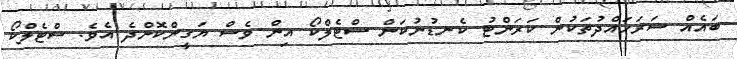
ބައެއް ސަރަހައްދުތަކުން ކަރަންޓު ކެނޑުނުކަން ސްޓެލްކޯ އިން ވެސް ޔަގީންކޮށްދެ އެވެ. ސްޓެލްކޯ